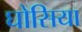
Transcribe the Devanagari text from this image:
घोसिया